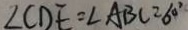
\angle C D E = \angle A B C = 6 0 ^ { \circ }